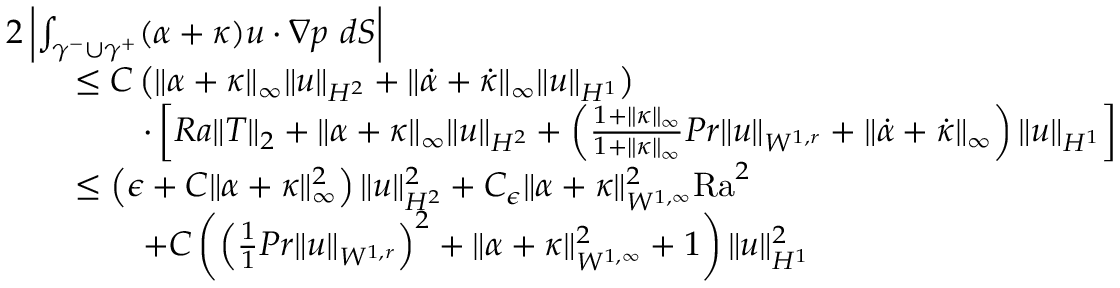
\begin{array} { r l } & { 2 \left| \int _ { \gamma ^ { - } \cup \gamma ^ { + } } ( \alpha + \kappa ) u \cdot \nabla p \ d S \right| } \\ & { \qquad \leq C \left( \| \alpha + \kappa \| _ { \infty } \| u \| _ { H ^ { 2 } } + \| \dot { \alpha } + \dot { \kappa } \| _ { \infty } \| u \| _ { H ^ { 1 } } \right) } \\ & { \qquad \qquad \cdot \left[ R a \| T \| _ { 2 } + \| \alpha + \kappa \| _ { \infty } \| u \| _ { H ^ { 2 } } + \left( \frac { 1 + \| \kappa \| _ { \infty } } { 1 + \| \kappa \| _ { \infty } } { { P r } } \| u \| _ { W ^ { 1 , r } } + \| \dot { \alpha } + \dot { \kappa } \| _ { \infty } \right) \| u \| _ { H ^ { 1 } } \right] } \\ & { \qquad \leq \left( \epsilon + C \| \alpha + \kappa \| _ { \infty } ^ { 2 } \right) \| u \| _ { H ^ { 2 } } ^ { 2 } + C _ { \epsilon } \| \alpha + \kappa \| _ { W ^ { 1 , \infty } } ^ { 2 } { \mathrm { R a } } ^ { 2 } } \\ & { \qquad \qquad + C \left( \left( \frac { 1 } { 1 } { { P r } } \| u \| _ { W ^ { 1 , r } } \right) ^ { 2 } + \| \alpha + \kappa \| _ { W ^ { 1 , \infty } } ^ { 2 } + 1 \right) \| u \| _ { H ^ { 1 } } ^ { 2 } } \end{array}